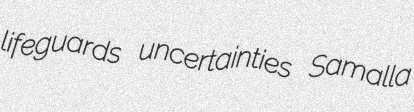
lifeguards uncertainties Samalla